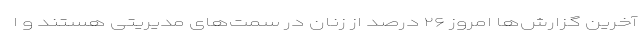
آخرین گزارش‌ها امروز ۲۶ درصد از زنان در سمت‌های مدیریتی هستند و ا